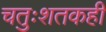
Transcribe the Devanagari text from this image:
चतुःशतकही